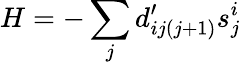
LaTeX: H=-\sum_{j}d_{ij(j+1)}^{\prime}s_{j}^{i}